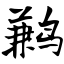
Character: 鹣